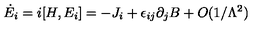
\dot { E } _ { i } = i [ H , E _ { i } ] = - J _ { i } + \epsilon _ { i j } \partial _ { j } B + O ( 1 / \Lambda ^ { 2 } )